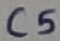
Text: C5